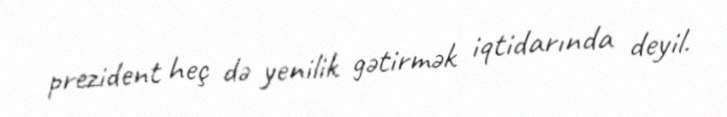
prezident heç də yenilik gətirmək iqtidarında deyil.